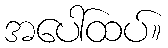
အပေါ်ထပ်။